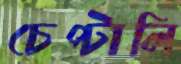
চেপ্‌টালি